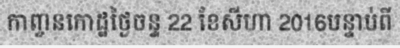
កាញ្ចនកោដ្ឋថ្ងៃចន្ទ 22 ខែសីហា 2016បន្ទាប់ពី